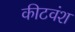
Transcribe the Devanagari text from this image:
कीटवंश